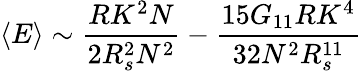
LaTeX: \left<E\right>\sim\frac{RK^{2}N}{2R_{s}^{2}N^{2}}-\frac{15G_{11}RK^{4}}{32N^{2}R_{s}^{11}}